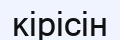
кірісін